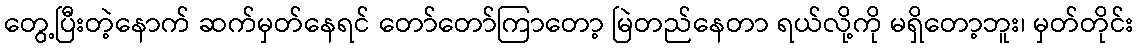
တွေ့ပြီးတဲ့နောက် ဆက်မှတ်နေရင် တော်တော်ကြာတော့ မြဲတည်နေတာ ရယ်လို့ကို မရှိတော့ဘူး၊ မှတ်တိုင်း